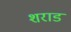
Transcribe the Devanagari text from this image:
शराड